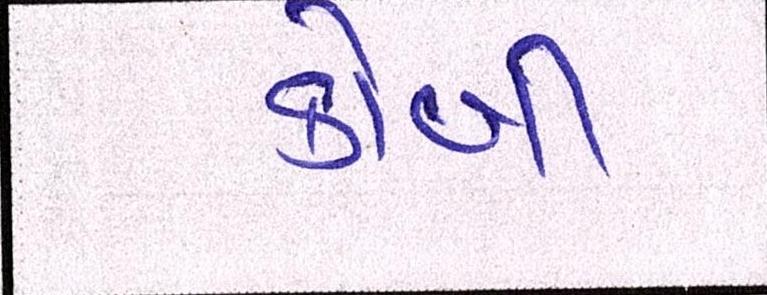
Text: કોબી